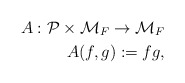
\begin{align*}A:{\cal P}\times{\cal M}_F\rightarrow {\cal M}_F\\A(f,g):=fg,\end{align*}